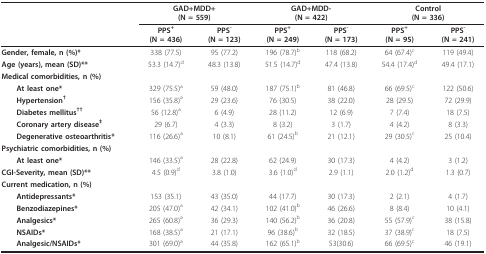
<table><thead><tr><td></td><td colspan="2"><b>GAD+MDD+(N = 559)</b></td><td colspan="2"><b>GAD+MDD-(N = 422)</b></td><td colspan="2"><b>Control(N = 336)</b></td></tr><tr><td></td><td><b>PPS<sup>+</sup>(N = 436)</b></td><td><b>PPS<sup>-</sup>(N = 123)</b></td><td><b>PPS<sup>+</sup>(N = 249)</b></td><td><b>PPS<sup>-</sup>(N = 173)</b></td><td><b>PPS<sup>+</sup>(N = 95)</b></td><td><b>PPS<sup>-</sup>(N = 241)</b></td></tr></thead><tbody><tr><td><b>Gender, female, n (%)*</b></td><td>338 (77.5)</td><td>95 (77.2)</td><td>196 (78.7)<sup>b</sup></td><td>118 (68.2)</td><td>64 (67.4)<sup>c</sup></td><td>119 (49.4)</td></tr><tr><td><b>Age (years), mean (SD)**</b></td><td>53.3 (14.7)<sup>d</sup></td><td>48.3 (13.8)</td><td>51.5 (14.7)<sup>d</sup></td><td>47.4 (13.8)</td><td>54.4 (17.4)<sup>d</sup></td><td>49.4 (17.1)</td></tr><tr><td><b>Medical comorbidities, n (%)</b></td><td></td><td></td><td></td><td></td><td></td><td></td></tr><tr><td> <b>At least one*</b></td><td>329 (75.5)<sup>a</sup></td><td>59 (48.0)</td><td>187 (75.1)<sup>b</sup></td><td>81 (46.8)</td><td>66 (69.5)<sup>c</sup></td><td>122 (50.6)</td></tr><tr><td> <b>Hypertension<sup>†</sup></b></td><td>156 (35.8)<sup>a</sup></td><td>29 (23.6)</td><td>76 (30.5)</td><td>38 (22.0)</td><td>28 (29.5)</td><td>72 (29.9)</td></tr><tr><td> <b>Diabetes mellitus<sup>††</sup></b></td><td>56 (12.8)<sup>a</sup></td><td>6 (4.9)</td><td>28 (11.2)</td><td>12 (6.9)</td><td>7 (7.4)</td><td>18 (7.5)</td></tr><tr><td> <b>Coronary artery disease<sup>‡</sup></b></td><td>29 (6.7)</td><td>4 (3.3)</td><td>8 (3.2)</td><td>3 (1.7)</td><td>4 (4.2)</td><td>8 (3.3)</td></tr><tr><td> <b>Degenerative osteoarthritis*</b></td><td>116 (26.6)<sup>a</sup></td><td>10 (8.1)</td><td>61 (24.5)<sup>b</sup></td><td>21 (12.1)</td><td>29 (30.5)<sup>c</sup></td><td>25 (10.4)</td></tr><tr><td><b>Psychiatric comorbidities, n (%)</b></td><td></td><td></td><td></td><td></td><td></td><td></td></tr><tr><td> <b>At least one*</b></td><td>146 (33.5)<sup>a</sup></td><td>28 (22.8)</td><td>62 (24.9)</td><td>30 (17.3)</td><td>4 (4.2)</td><td>3 (1.2)</td></tr><tr><td><b>CGI-Severity, mean (SD)**</b></td><td>4.5 (0.9)<sup>d</sup></td><td>3.8 (1.0)</td><td>3.6 (1.0)<sup>d</sup></td><td>2.9 (1.1)</td><td>2.0 (1.2)<sup>d</sup></td><td>1.3 (0.7)</td></tr><tr><td><b>Current medication, n (%)</b></td><td></td><td></td><td></td><td></td><td></td><td></td></tr><tr><td> <b>Antidepressants*</b></td><td>153 (35.1)</td><td>43 (35.0)</td><td>44 (17.7)</td><td>30 (17.3)</td><td>2 (2.1)</td><td>4 (1.7)</td></tr><tr><td> <b>Benzodiazepines*</b></td><td>205 (47.0)<sup>a</sup></td><td>42 (34.1)</td><td>102 (41.0)<sup>b</sup></td><td>46 (26.6)</td><td>8 (8.4)</td><td>10 (4.1)</td></tr><tr><td> <b>Analgesics*</b></td><td>265 (60.8)<sup>a</sup></td><td>36 (29.3)</td><td>140 (56.2)<sup>b</sup></td><td>36 (20.8)</td><td>55 (57.9)<sup>c</sup></td><td>38 (15.8)</td></tr><tr><td> <b>NSAIDs*</b></td><td>168 (38.5)<sup>a</sup></td><td>21 (17.1)</td><td>96 (38.6)<sup>b</sup></td><td>32 (18.5)</td><td>37 (38.9)<sup>c</sup></td><td>18 (7.5)</td></tr><tr><td> <b>Analgesic/NSAIDs*</b></td><td>301 (69.0)<sup>a</sup></td><td>44 (35.8)</td><td>162 (65.1)<sup>b</sup></td><td>53(30.6)</td><td>66 (69.5)<sup>c</sup></td><td>46 (19.1)</td></tr></tbody></table>